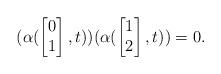
LaTeX: \begin{align*}(\alpha(\begin{bmatrix}0\\1\end{bmatrix},t))(\alpha(\begin{bmatrix}1\\2\end{bmatrix},t))=0.\end{align*}